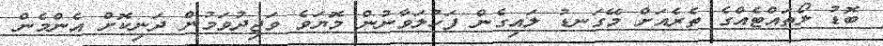
ބޮޑު ލޯތައްޓެއްގެ ތެރެއަށް މޭގަނޑު ލައިގެން ފަހުލަވާނުން މޮޔަވެ ވަޖިދުވަމުން ދަނިކޮށް އެންމެން